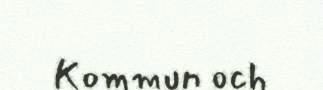
Kommun och